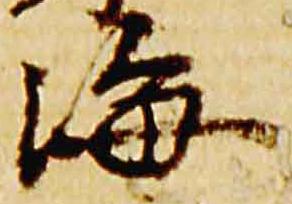
海